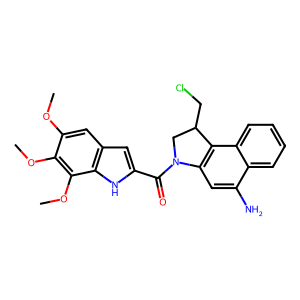
SMILES: COc1cc2cc(C(=O)N3CC(CCl)c4c3cc(N)c3ccccc43)[nH]c2c(OC)c1OC
Inhibits HIV replication: No